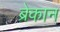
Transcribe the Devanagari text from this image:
ब्रेकान